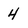
Character: 4